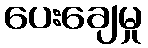
ပေးချေမှု